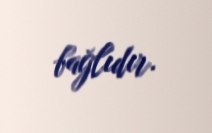
bağlıdır.